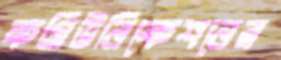
কমিউনিকেশনের